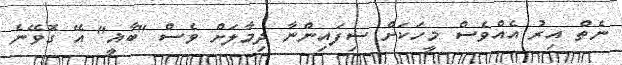
ނެތް އިރު އެއްވެސް މީހަކަށް ސިފައިންނާ ދިމާލަށް ވެސް "ބާޣީ" އޭ ގޮވޭނެ